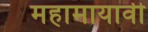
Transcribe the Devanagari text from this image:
महामायावी